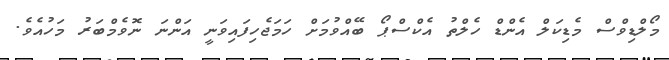
މޯލްޑިވްސް މެޑިކަލް އެންޑް ހެލްތު އެކްސްޕޯ ބޭއްވުމަށް ހަމަޖެހިފައިވަނީ އަންނަ ނޮވެމްބަރު މަހުއެވެ.